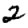
Digit: 2